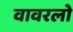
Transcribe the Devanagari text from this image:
वावरलो